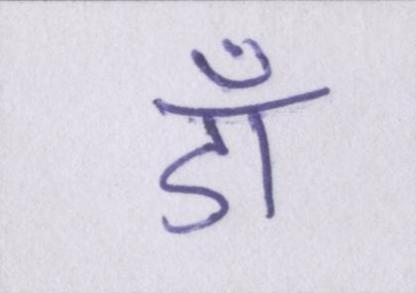
डॉ